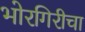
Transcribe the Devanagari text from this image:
भोरगिरीचा